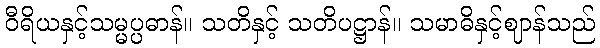
ဝီရိယနှင့်သမ္မပ္ပဓာန်။ သတိနှင့် သတိပဋ္ဌာန်။ သမာဓိနှင့်ဈာန်သည်